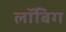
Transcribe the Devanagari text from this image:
लॉबिग